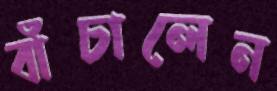
বাঁচালেন